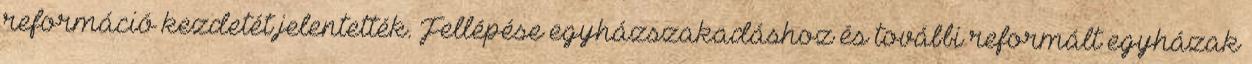
reformáció kezdetét jelentették. Fellépése egyházszakadáshoz és további reformált egyházak